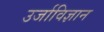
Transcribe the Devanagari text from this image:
उर्जाविज्ञान